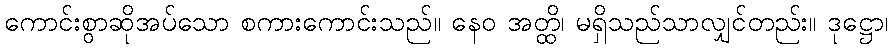
ကောင်းစွာဆိုအပ်သော စကားကောင်းသည်။ နေဝ အတ္ထိ၊ မရှိသည်သာလျှင်တည်း။ ဒုဋ္ဌော၊